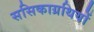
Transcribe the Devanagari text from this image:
ससिकाग्रथियों